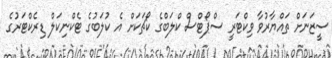
ސީޒަނަށް ތައްޔާރުވާ ވިކްޓަރީ ސްޕޯޓްސް ކްލަބްގެ ކޯޗަކަށް އެ ކުލަބުގެ ޓެކްނިކަލް ޑިރެކްޓަރުގެ